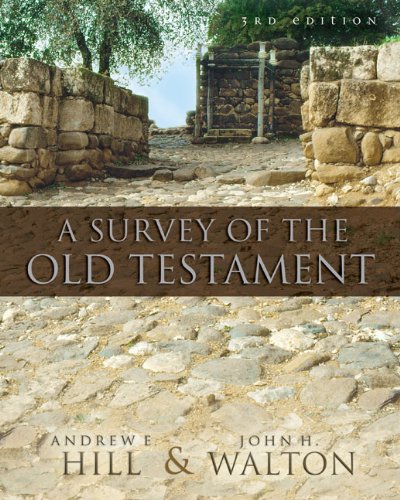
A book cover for A Survey of the Old Testament; Andrew E. Hill; Christian Books & Bibles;